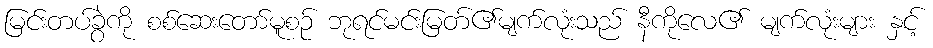
မြင်းတပ်ခွဲကို စစ်ဆေးတော်မူစဉ် ဘုရင်မင်းမြတ်၏မျက်လုံးသည် နီကိုလေ၏ မျက်လုံးများ နှင့်